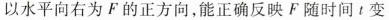
以水平向右为 F 的正方向，能正确反映 F 随时间 t 变